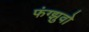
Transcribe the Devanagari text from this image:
फंग्झुवो